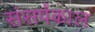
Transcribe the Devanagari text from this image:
संसर्पकाल